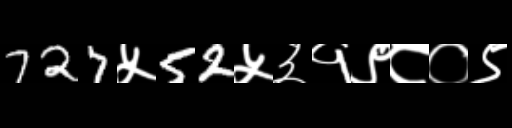
Text: 727५52५३१९८०९